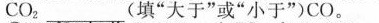
CO_{2}___(填”大于”或”小于”) CO。